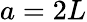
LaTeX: a=2L